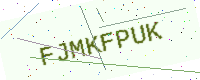
Text: FJMKFPUK